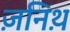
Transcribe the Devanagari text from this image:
ज़निथ़